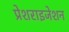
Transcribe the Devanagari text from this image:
प्रेशराइजेशन